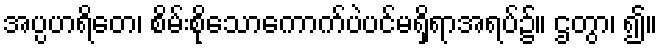
အပ္ပဟရိတေ၊ စိမ်းစိုသောကောက်ပဲပင်မရှိရာအရပ်၌။ ဌတွာ၊ ၍။